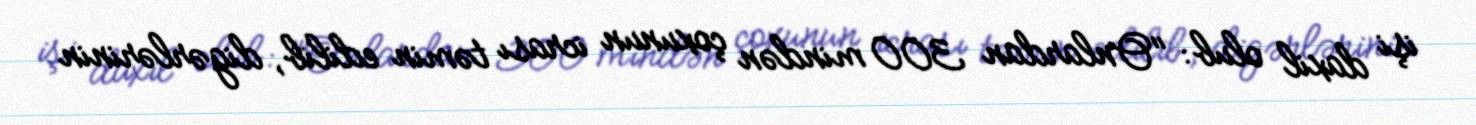
işi daxil olub: "Onlardan 300 mindən çoxunun icrası təmin edilib, digərlərinin